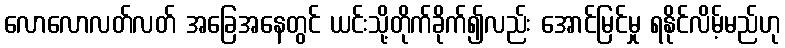
လောလောလတ်လတ် အခြေအနေတွင် ယင်းသို့တိုက်ခိုက်၍လည်း အောင်မြင်မှု ရနိုင်လိမ့်မည်ဟု